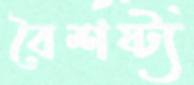
বৈশষ্ট্য